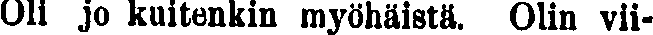
Oli jo kuitenkin myöhäistä. Olin vii-